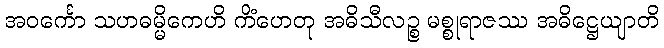
အဝင်္ကော သဟဓမ္မိကေဟိ ကိံဟေတု အဓိသီလဉ္စ မစ္စုရာဇဿ အဓိဋ္ဌေယျာတိ